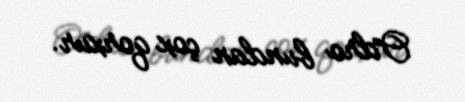
Odro bundan çox qorxur.